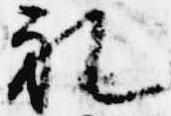
礼